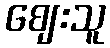
ဈေးသူ